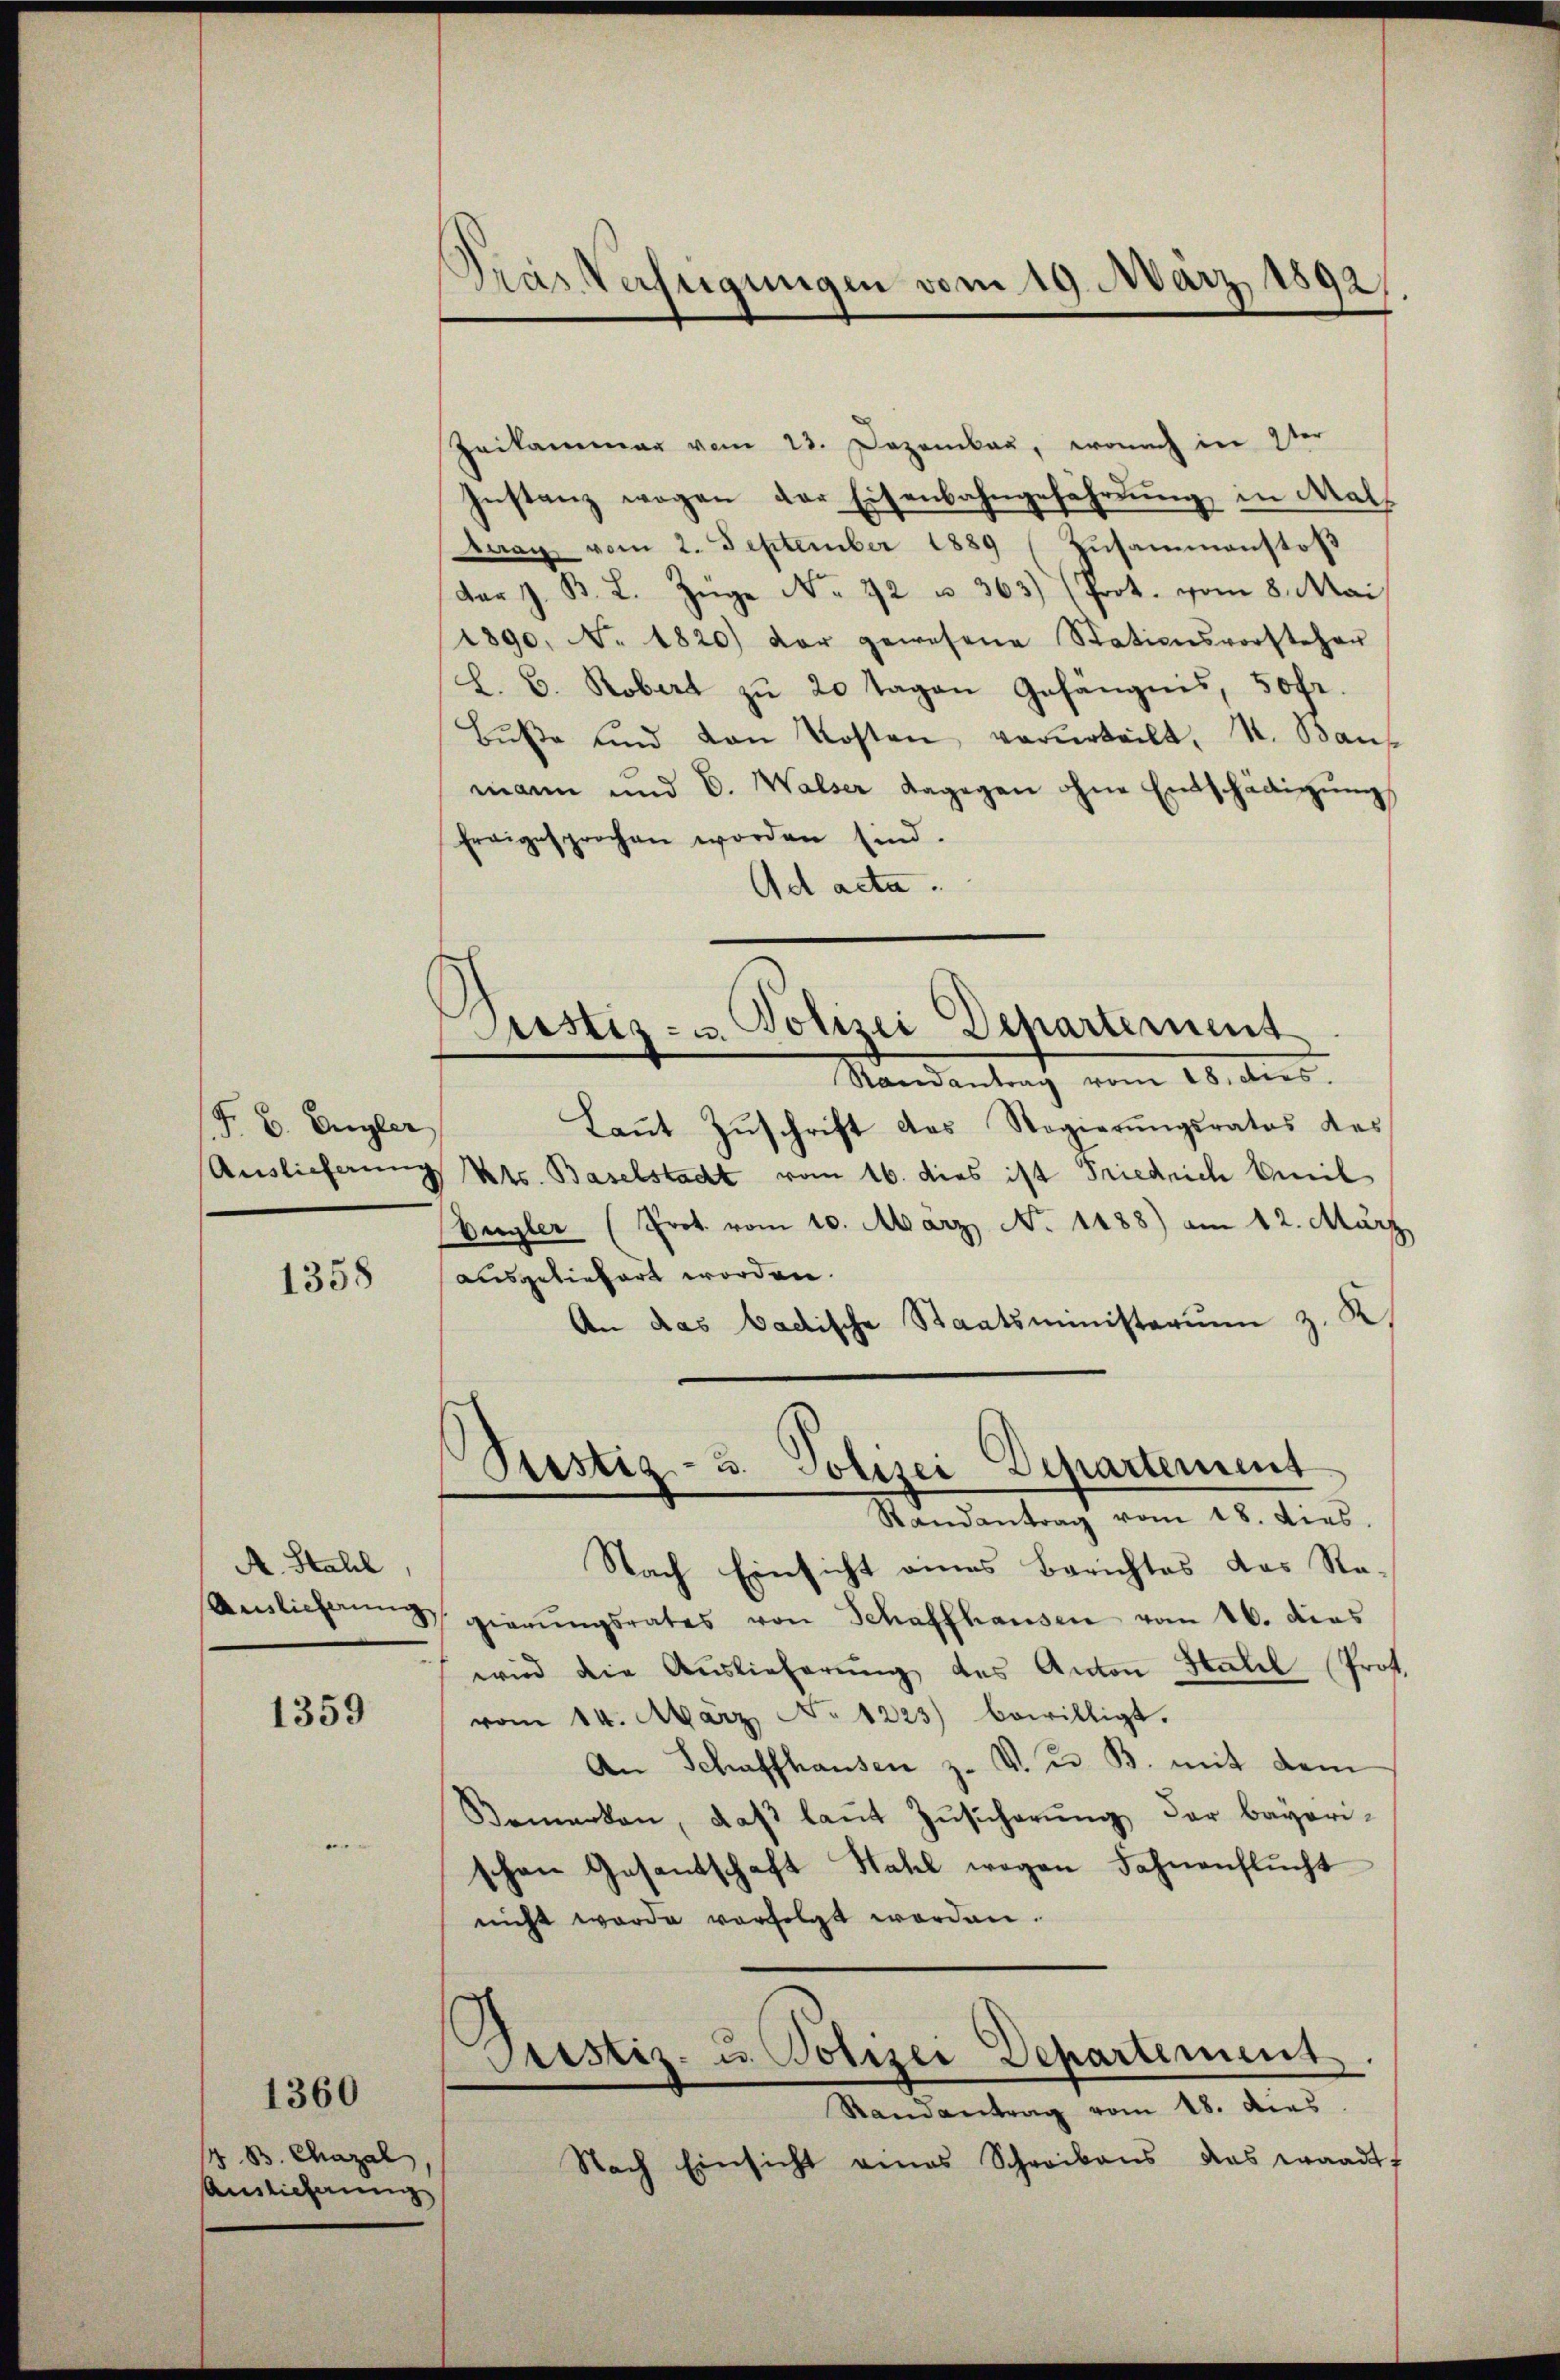
F. B. Eugler
Auslieferung

1358

A. Stahl
Ainlicherung,

1359

1360

4 B. Chazal
Ausziehung

Tras Verfügungen vom 19. März 1892,

ustiz- u. Polizei Departement
Standentrag vom 20. ds.

Zeikammer vom 23. Dezember, wonach in 2ter
Instanz wegen der Eisenbahngeführung in Mal¬
Daag vom 2. September 1889 (Zusammenstoß
dar z. B. L. Zuge No. 22 u. 363) (Prot. vom 8. Mai
1890, No. 1820) der gewesene Stationsvorstehen
L. B. Robert zu 20 Tagen Gefängnis, 50fr.
Bŭβe und von Kosten verurteilt, St. Baus
mann und C. Walser dagegen ohne Entschädigŭng
fragesprochen worden sind.
Ad acta.
Laut Zuschrift das Regierungsrates des
Kts. Baselstadt vom 16. dies ist Friedrich Emil
(Vergler (Prot. vom 10. März No. 1488) am 12. März
ausgeliefert worden.
An das badische Staatsministerium z. K
Stestig- u. Polizei Departement
Randantrag vom 18. dies.
Nach Einsicht eines Berichtes das Ragierŭngsrates von Schaffhausen vom 16. dies
wird die Auslieferŭng des Anton Stall Prot.
vom 14. März No. 1223) bewilligt.
An Schaffhausen z. V. u. B. mit dem
Bemerken, daß laut Zusicherung der bayori-
schen Gesandtschaft Hahl wegen Fahnenflŭcht
nicht worde verfolgt worden.
Pustiz- u. Polizei Departement
Randantrag vom 18. dies
Nach Einsicht eines Schreibens das waadt-